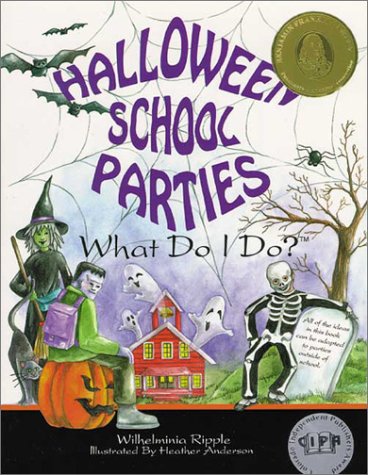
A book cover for Halloween School Parties . . . What Do I Do? (What Do I Do? series); Wilhelminia Ripple; Cookbooks, Food & Wine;